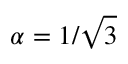
\alpha = 1 / \sqrt { 3 }